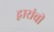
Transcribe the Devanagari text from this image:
द्वारांची